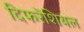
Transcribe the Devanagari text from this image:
दिफरेंशियल